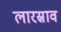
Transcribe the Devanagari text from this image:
लारस्राव